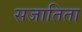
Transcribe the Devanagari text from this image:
सजातिता